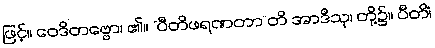
ဖြင့်။ ဝေဒိတဗ္ဗော၊ ၏။ “ပီတိဖရဏတာ”တိ အာဒီသု၊ တို့၌။ ပီတိံ၊